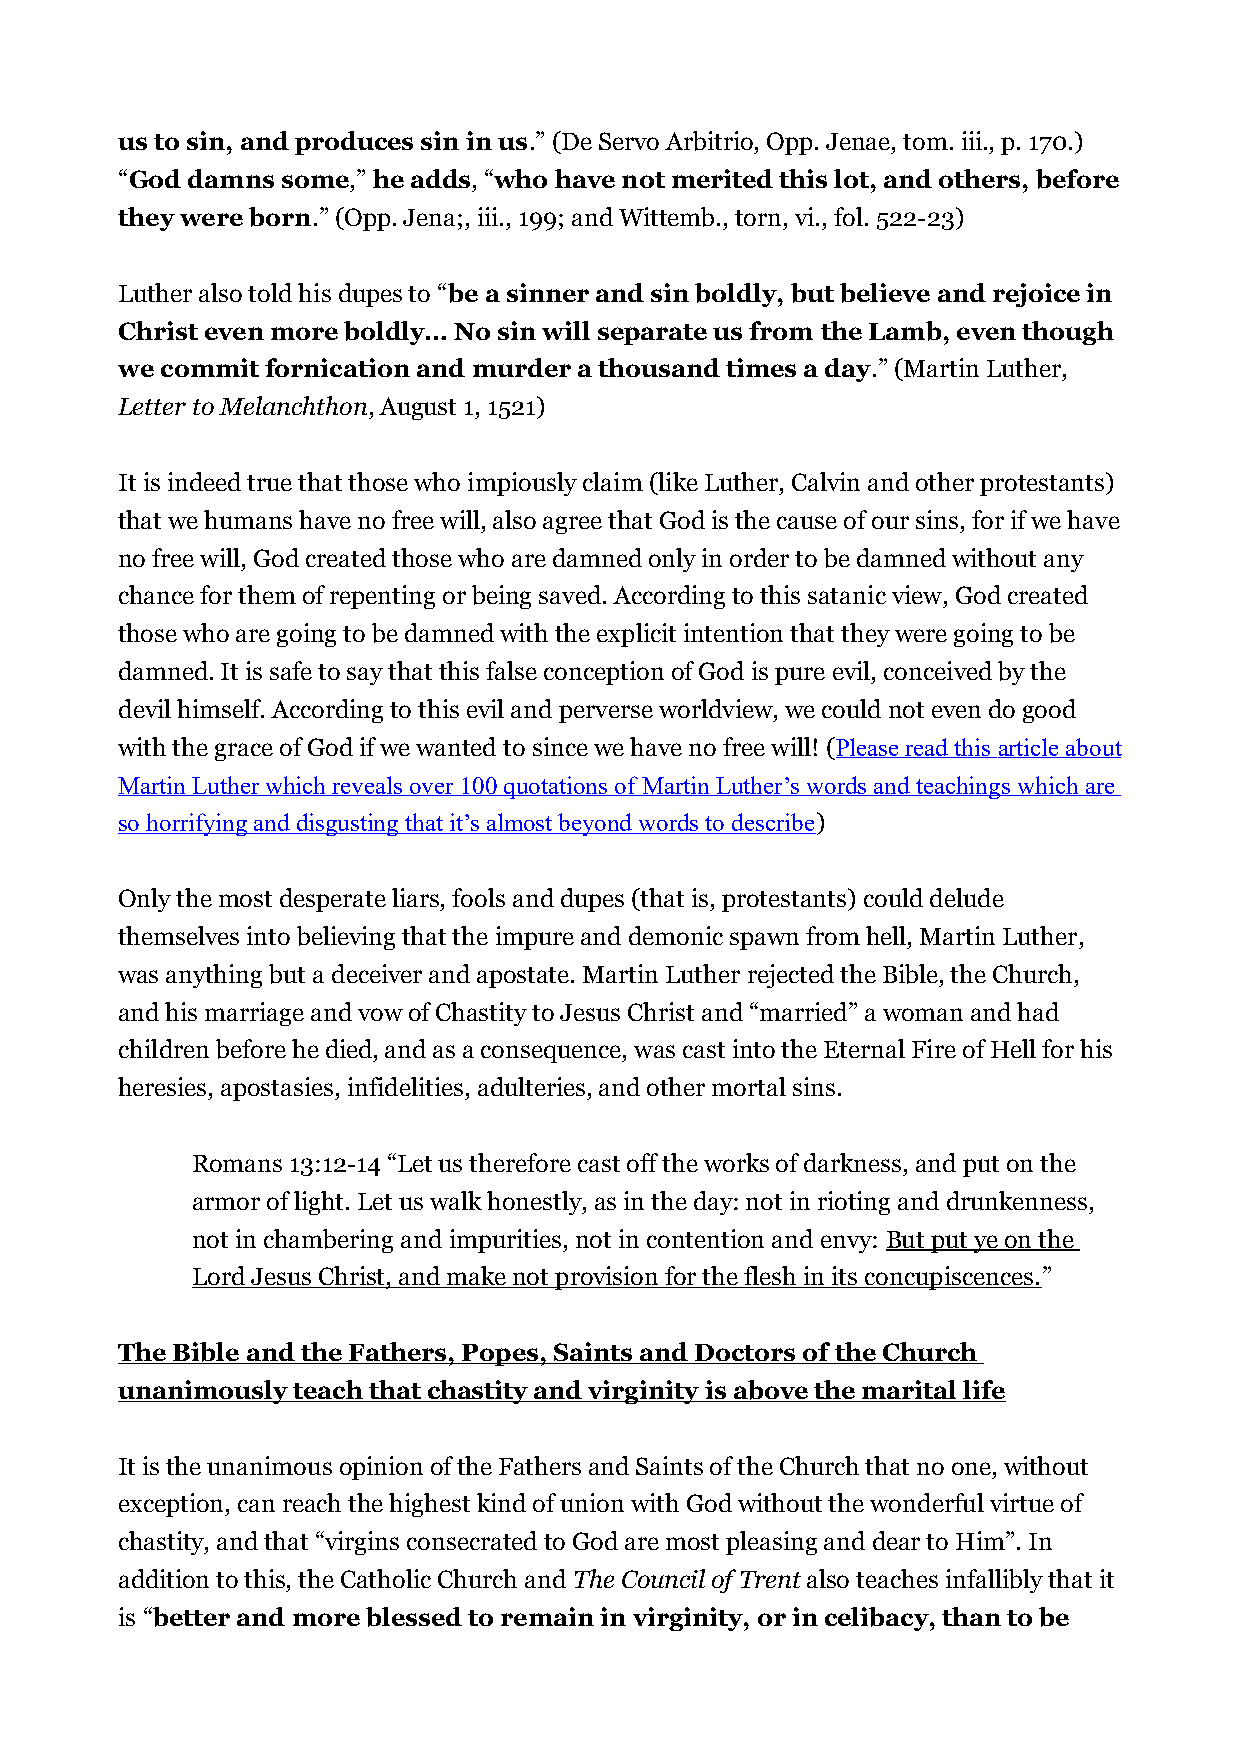
us to sin, and produces sin in us.” (De Servo Arbitrio, Opp. Jenae, tom. iii., p. 170.)
 “God damns some,” he adds, “who have not merited this lot, and others, before
 they were born.” (Opp. Jena;, iii., 199; and Wittemb., torn, vi., fol. 522-23)
 Luther also told his dupes to “be a sinner and sin boldly, but believe and rejoice in
 Christ even more boldly… No sin will separate us from the Lamb, even though
 we commit fornication and murder a thousand times a day.” (Martin Luther,
 Letter to Melanchthon, August 1, 1521)
 It is indeed true that those who impiously claim (like Luther, Calvin and other protestants)
 that we humans have no free will, also agree that God is the cause of our sins, for if we have
 no free will, God created those who are damned only in order to be damned without any
 chance for them of repenting or being saved. According to this satanic view, God created
 those who are going to be damned with the explicit intention that they were going to be
 damned. It is safe to say that this false conception of God is pure evil, conceived by the
 devil himself. According to this evil and perverse worldview, we could not even do good
 with the grace of God if we wanted to since we have no free will! ( Please read this article about
 Martin Luther which reveals over 100 quotations of Martin Luther’s words and teachings which are
 so horrifying and disgusting that it’s almost beyond words to describe)
 Only the most desperate liars, fools and dupes (that is, protestants) could delude
 themselves into believing that the impure and demonic spawn from hell, Martin Luther,
 was anything but a deceiver and apostate. Martin Luther rejected the Bible, the Church,
 and his marriage and vow of Chastity to Jesus Christ and “married” a woman and had
 children before he died, and as a consequence, was cast into the Eternal Fire of Hell for his
 heresies, apostasies, infidelities, adulteries, and other mortal sins.
 Romans 13:12-14 “Let us therefore cast off the works of darkness, and put on the
 armor of light. Let us walk honestly, as in the day: not in rioting and drunkenness,
 not in chambering and impurities, not in contention and envy: But put ye on the
 Lord Jesus Christ, and make not provision for the flesh in its concupiscences.”
 The Bible and the Fathers, Popes, Saints and Doctors of the Church
 unanimously teach that chastity and virginity is above the marital life
 It is the unanimous opinion of the Fathers and Saints of the Church that no one, without
 exception, can reach the highest kind of union with God without the wonderful virtue of
 chastity, and that “virgins consecrated to God are most pleasing and dear to Him”. In
 addition to this, the Catholic Church and The Council of Trent also teaches infallibly that it
 is “better and more blessed to remain in virginity, or in celibacy, than to be